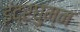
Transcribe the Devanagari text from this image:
इंद्रघुम्न